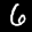
Label: 6